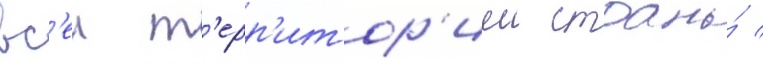
вс'еи т'ерр'итор'иеи страны́ /